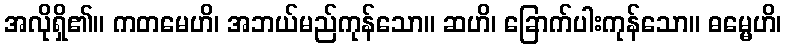
အလိုရှိ၏။ ကတမေဟိ၊ အဘယ်မည်ကုန်သော။ ဆဟိ၊ ခြောက်ပါးကုန်သော။ ဓမ္မေဟိ၊